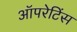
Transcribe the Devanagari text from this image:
ऑपरेटिंस